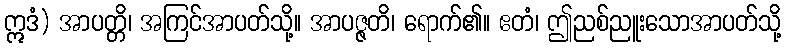
ဣဒံ) အာပတ္တိ၊ အကြင်အာပတ်သို့။ အာပဇ္ဇတိ၊ ရောက်၏။ ဧတံ၊ ဤညစ်ညူးသောအာပတ်သို့